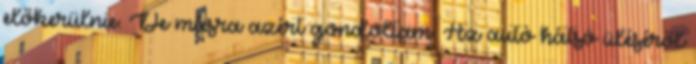
előkerülnie. De másra azért gondoltam. Az autó hátsó üléséről